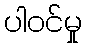
ပါဝင်မှု